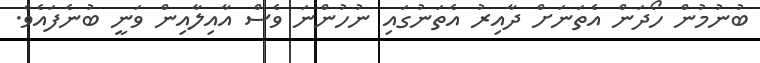
ބުނުމުން ހޯދަން އެތަނަށް ދާއިރު އެތަނުގައި ނުހުންނަ ވެސް އާއިލާއިން ވަނީ ބުނެފައެވެ.